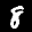
Label: 8